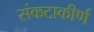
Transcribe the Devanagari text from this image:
संकटाकीर्ण